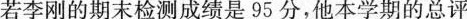
若李刚的期末检测成绩是95分，他本学期的总评